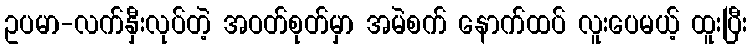
ဥပမာ-လက်နှီးလုပ်တဲ့ အဝတ်စုတ်မှာ အမဲစက် နောက်ထပ် လူးပေမယ့် ထူးပြီး